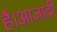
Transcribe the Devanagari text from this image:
है।आजादी